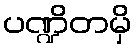
ပဏ္ဍိတမှိ